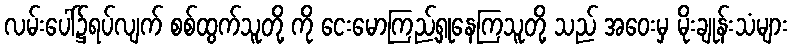
လမ်းပေါ်၌ရပ်လျက် စစ်ထွက်သူတို့ ကို ငေးမောကြည့်ရှုနေကြသူတို့ သည် အဝေးမှ မိုးချုန်းသံများ